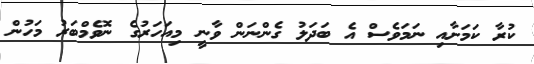
ކުރާ ކަމަށާއި ނަމަވެސް އެ ބަދަލު ގެންނަން ވާނީ މިއަހަރުގެ ނޮވެމްބަރު މަހުން